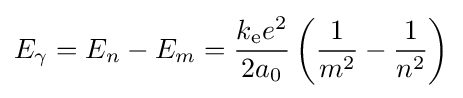
E_{\gamma }=E_{n}-E_{m}={\frac {k_{\mathrm {e} }e^{2}}{2a_{0}}}\left({\frac {1}{m^{2}}}-{\frac {1}{n^{2}}}\right)